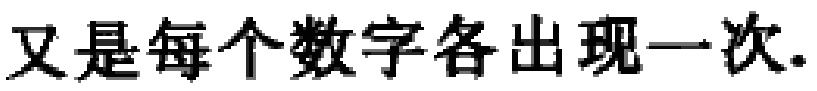
又是每个数字各出现一次.